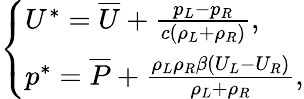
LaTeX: \left\{ \begin{array}{ll}{U^{*}=\overline{{U}}+\frac{p_{L}-p_{R}}{c(\rho_{L}+\rho_{R})},}\\ {p^{*}=\overline{{P}}+\frac{\rho_{L}\rho_{R}\beta(U_{L}-U_{R})}{\rho_{L}+\rho_{R}},}\end{array}\right.